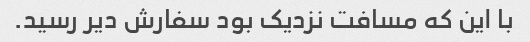
با این که مسافت نزدیک بود سفارش دیر رسید.